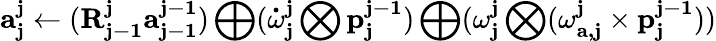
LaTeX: \mathbf{a_{j}^{j}}\gets(\mathbf{R_{j-1}^{j}}\mathbf{a_{j-1}^{j-1}})\bigoplus(\mathbf{\dot{\omega}_{j}^{j}}\bigotimes\mathbf{p_{j}^{j-1}})\bigoplus(\mathbf{\omega_{j}^{j}}\bigotimes(\mathbf{\omega_{a,j}^{j}}\times\mathbf{p_{j}^{j-1}}))